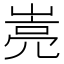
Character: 𰎭